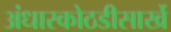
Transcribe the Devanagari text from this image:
अंधारकोठडीसार्खे